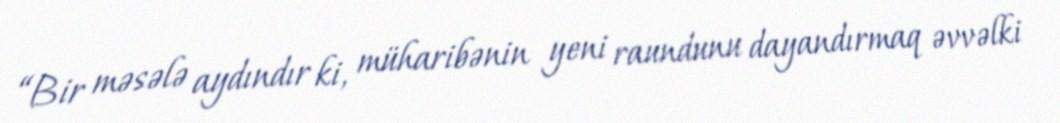
“Bir məsələ aydındır ki, müharibənin yeni raundunu dayandırmaq əvvəlki